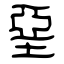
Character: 堊